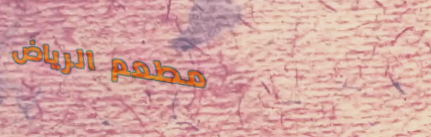
مطعم الرياض